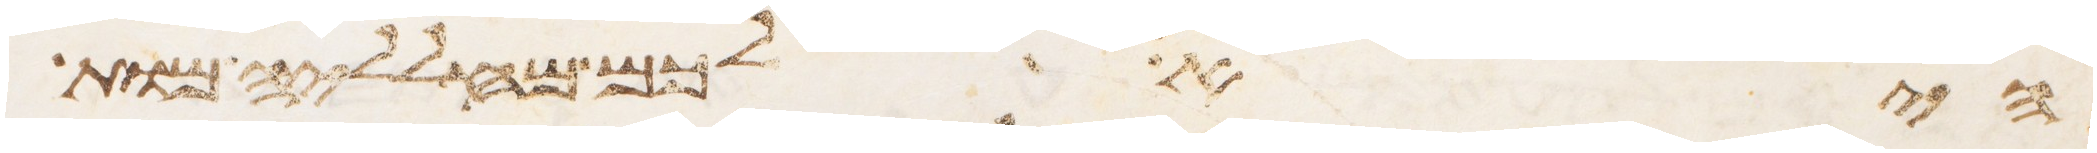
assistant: היא לכם מחלליה מות